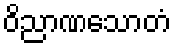
ဝိညာဏသောတံ